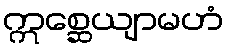
ဣစ္ဆေယျာမဟံ